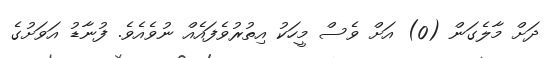
ދަށް މާލެގަން (0) އަށް ވެސް މީހަކު އިތުރުވެފައެއް ނުވެއެވެ. ފުނާޑު އަވަށުގެ